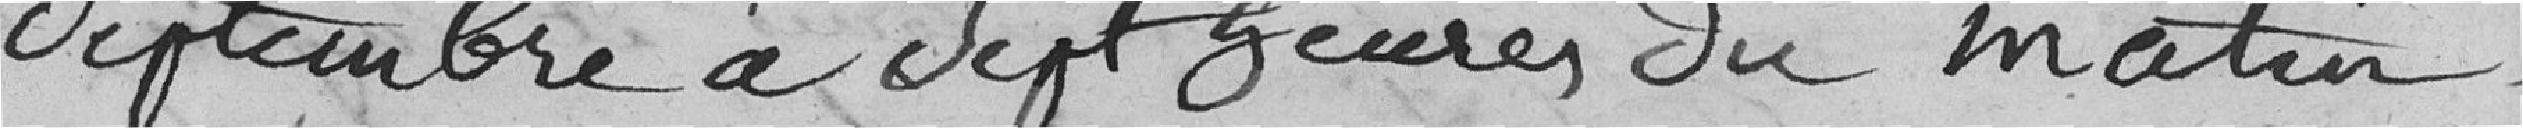
septembre à sept heures du matin